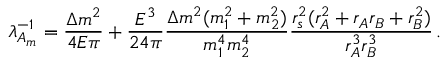
\lambda _ { { \cal A } _ { m } } ^ { - 1 } = \frac { \Delta m ^ { 2 } } { 4 E \pi } + \frac { E ^ { 3 } } { 2 4 \pi } \frac { \Delta m ^ { 2 } ( m _ { 1 } ^ { 2 } + m _ { 2 } ^ { 2 } ) } { m _ { 1 } ^ { 4 } m _ { 2 } ^ { 4 } } \frac { r _ { s } ^ { 2 } ( r _ { A } ^ { 2 } + r _ { A } r _ { B } + r _ { B } ^ { 2 } ) } { r _ { A } ^ { 3 } r _ { B } ^ { 3 } } \, .